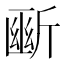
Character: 𣂱